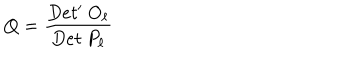
Q = { \frac { D e t ^ { \prime } \ O _ { \ell } } { D e t \ P _ { \ell } } }